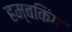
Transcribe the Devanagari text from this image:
हम्बकिंग